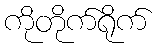
ကိုတိုက်ရိုက်